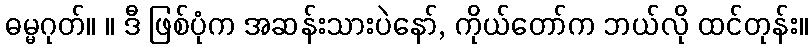
ဓမ္မဂုတ်။ ။ ဒီ ဖြစ်ပုံက အဆန်းသားပဲနော်, ကိုယ်တော်က ဘယ်လို ထင်တုန်း။